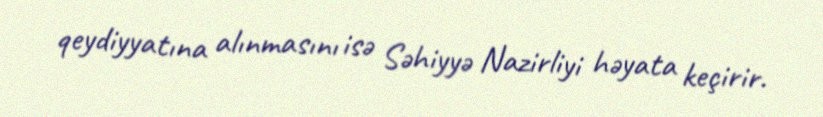
qeydiyyatına alınmasını isə Səhiyyə Nazirliyi həyata keçirir.